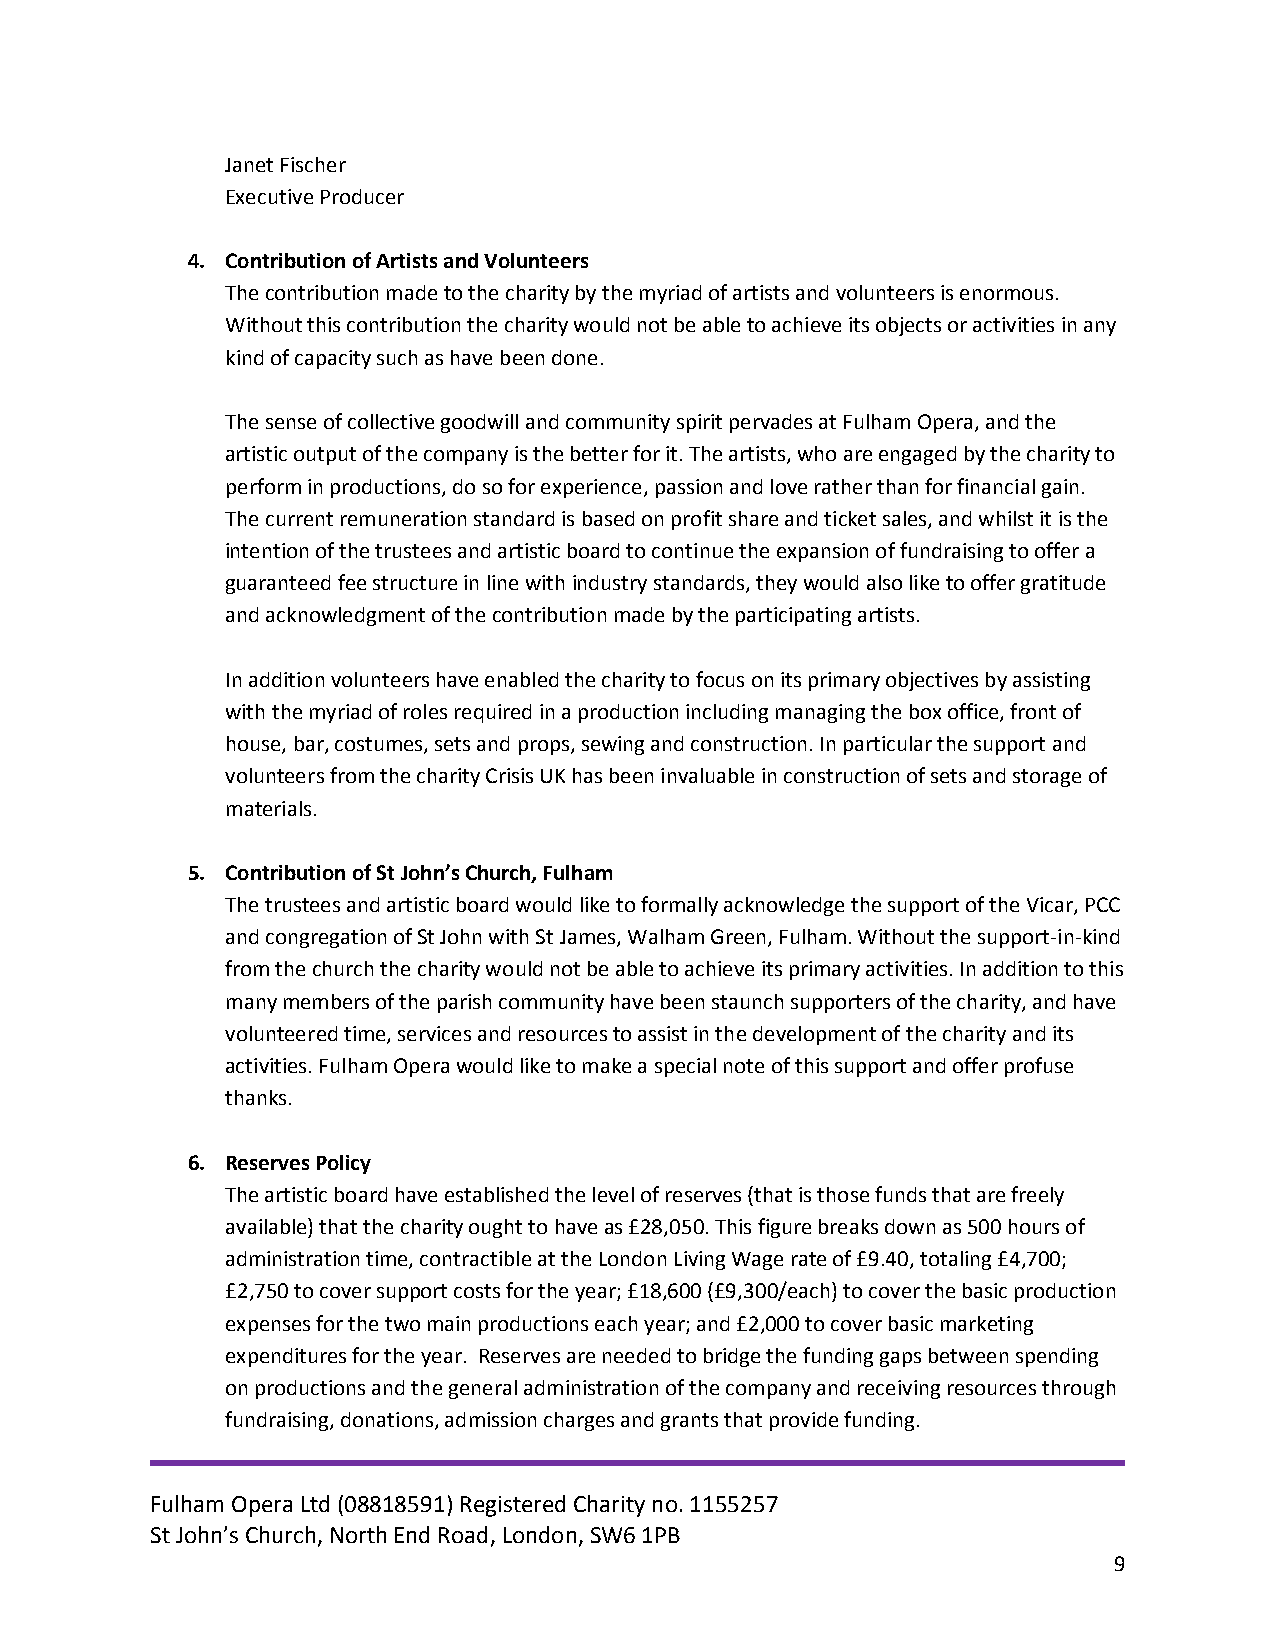
Janet Fischer
 Executive Producer
 4. Contribution of Artists and Volunteers
 The contribution made to the charity by the myriad of artists and volunteers is enormous.
 Without this contribution the charity would not be able to achieve its objects or activities in any
 kind of capacity such as have been done.
 The sense of collective goodwill and community spirit pervades at Fulham Opera, and the
 artistic output of the company is the better for it. The artists, who are engaged by the charity to
 perform in productions, do so for experience, passion and love rather than for financial gain.
 The current remuneration standard is based on profit share and ticket sales, and whilst it is the
 intention of the trustees and artistic board to continue the expansion of fundraising to offer a
 guaranteed fee structure in line with industry standards, they would also like to offer gratitude
 and acknowledgment of the contribution made by the participating artists.
 In addition volunteers have enabled the charity to focus on its primary objectives by assisting
 with the myriad of roles required in a production including managing the box office, front of
 house, bar, costumes, sets and props, sewing and construction. In particular the support and
 volunteers from the charity Crisis UK has been invaluable in construction of sets and storage of
 materials.
 5. Contribution of St John’s Church, Fulham
 The trustees and artistic board would like to formally acknowledge the support of the Vicar, PCC
 and congregation of St John with St James, Walham Green, Fulham. Without the support-in-kind
 from the church the charity would not be able to achieve its primary activities. In addition to this
 many members of the parish community have been staunch supporters of the charity, and have
 volunteered time, services and resources to assist in the development of the charity and its
 activities. Fulham Opera would like to make a special note of this support and offer profuse
 thanks.
 6. Reserves Policy
 The artistic board have established the level of reserves (that is those funds that are freely
 available) that the charity ought to have as £28,050. This figure breaks down as 500 hours of
 administration time, contractible at the London Living Wage rate of £9.40, totaling £4,700;
 £2,750 to cover support costs for the year; £18,600 (£9,300/each) to cover the basic production
 expenses for the two main productions each year; and £2,000 to cover basic marketing
 expenditures for the year. Reserves are needed to bridge the funding gaps between spending
 on productions and the general administration of the company and receiving resources through
 fundraising, donations, admission charges and grants that provide funding.
 Fulham Opera Ltd (08818591) Registered Charity no. 1155257
 St John’s Church, North End Road, London, SW6 1PB
 9